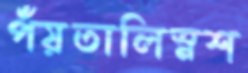
পঁয়তালিস্নশ